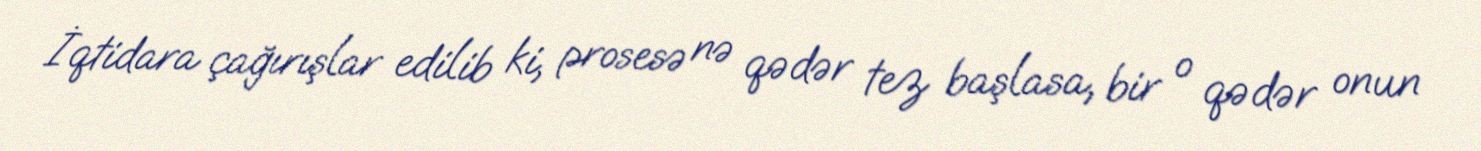
İqtidara çağırışlar edilib ki, prosesə nə qədər tez başlasa, bir o qədər onun